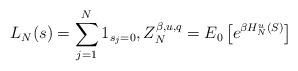
LaTeX: \begin{align*} L_N(s) = \sum_{j=1}^{N} 1_{s_j=0}, Z_N^{\beta, u, q}=E_0\left[e^{\beta H_N^{u}(S)}\right]\end{align*}